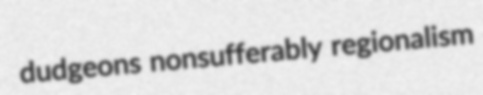
dudgeons nonsufferably regionalism